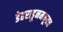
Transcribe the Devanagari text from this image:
डेहराडूनमधूनच